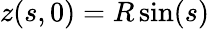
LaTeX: z(s,0)=R\sin(s)